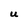
Character: U